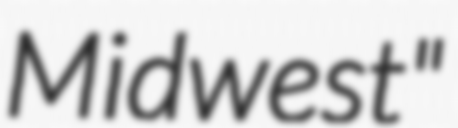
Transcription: Midwest"